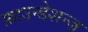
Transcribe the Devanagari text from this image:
फ़ाउन्डेशन्ज़